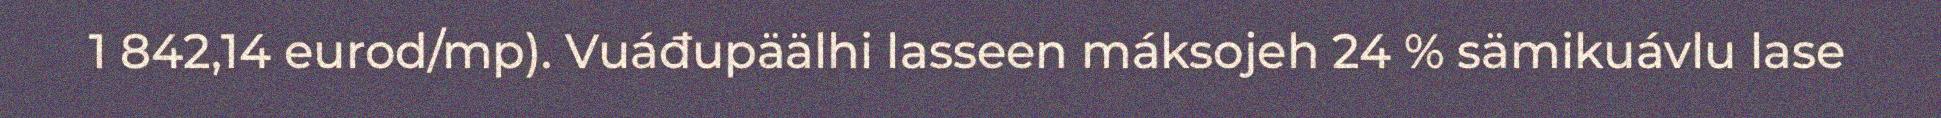
1 842,14 eurod/mp). Vuáđupäälhi lasseen máksojeh 24 % sämikuávlu lase